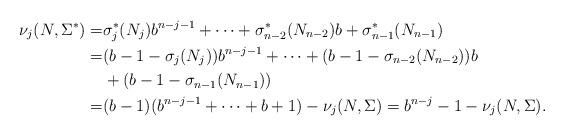
LaTeX: \begin{align*} \nu_j(N,\Sigma^{\ast})=& \sigma^{\ast}_j(N_j)b^{n-j-1}+\dots+\sigma^{\ast}_{n-2}(N_{n-2})b+\sigma^{\ast}_{n-1}(N_{n-1}) \\=& (b-1-\sigma_j(N_j))b^{n-j-1}+\dots+(b-1-\sigma_{n-2}(N_{n-2}))b\\ &+(b-1-\sigma_{n-1}(N_{n-1})) \\=& (b-1)(b^{n-j-1}+\dots+b+1)-\nu_j(N,\Sigma)=b^{n-j}-1-\nu_j(N,\Sigma).\end{align*}